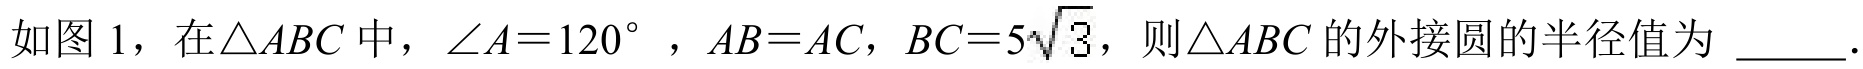
如图 1，在\(\triangle ABC\)中，\(\angle A = 120^{\circ}\)，\(AB = AC\)，\(BC = 5\sqrt{3}\)，则\(\triangle ABC\)的外接圆的半径值为  ．